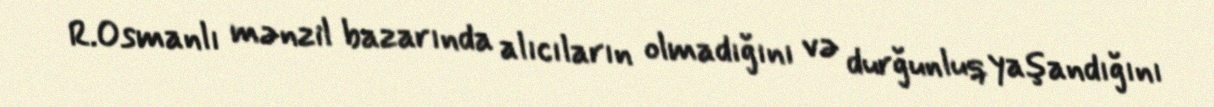
R.Osmanlı mənzil bazarında alıcıların olmadığını və durğunluq yaşandığını